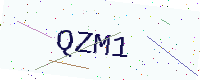
Text: QZM1